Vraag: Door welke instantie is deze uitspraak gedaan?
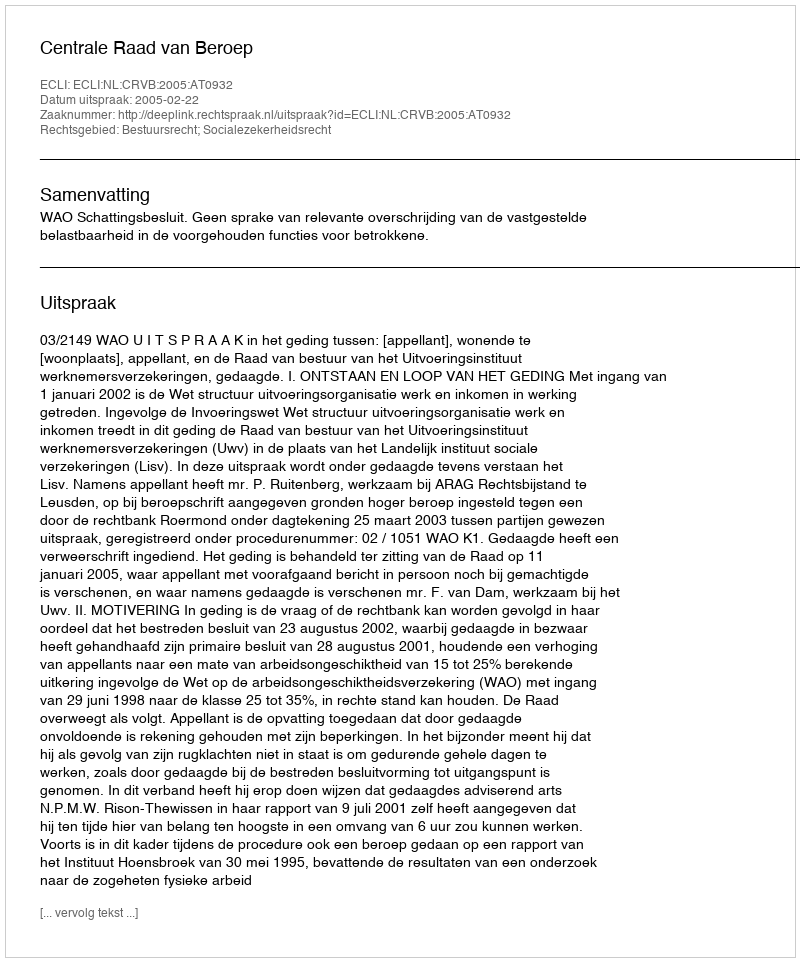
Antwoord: Centrale Raad van Beroep